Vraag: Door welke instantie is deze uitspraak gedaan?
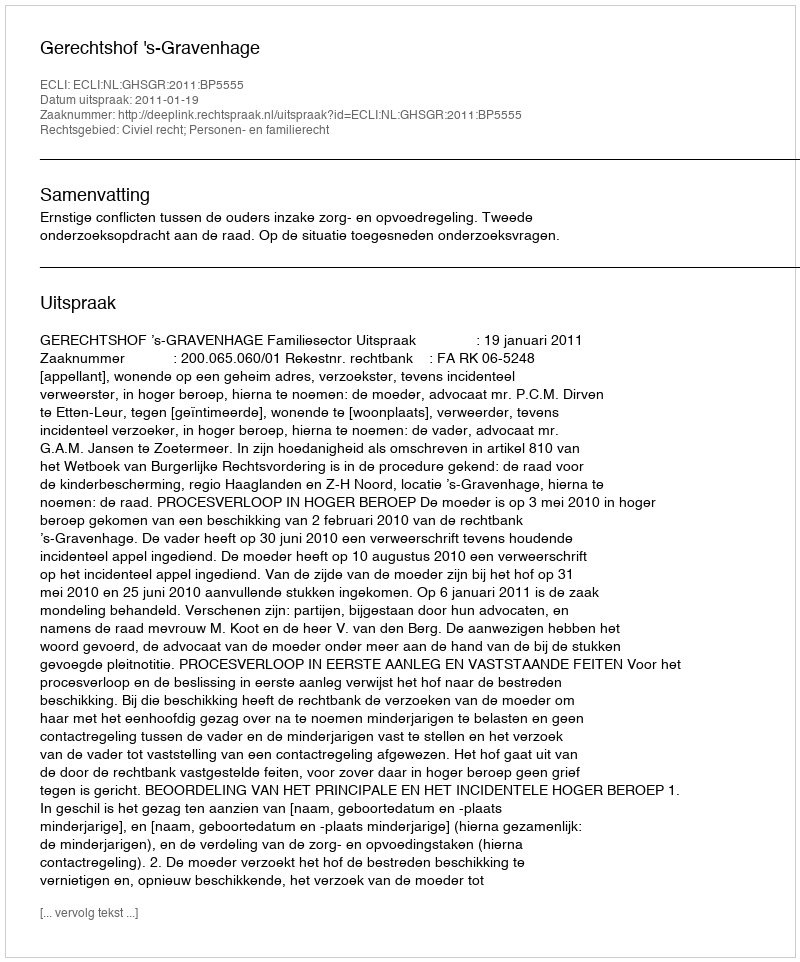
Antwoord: Gerechtshof 's-Gravenhage